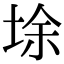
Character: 𡌘